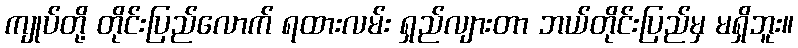
ကျုပ်တို့ တိုင်းပြည်လောက် ရထားလမ်း ရှည်လျားတာ ဘယ်တိုင်းပြည်မှ မရှိဘူး။